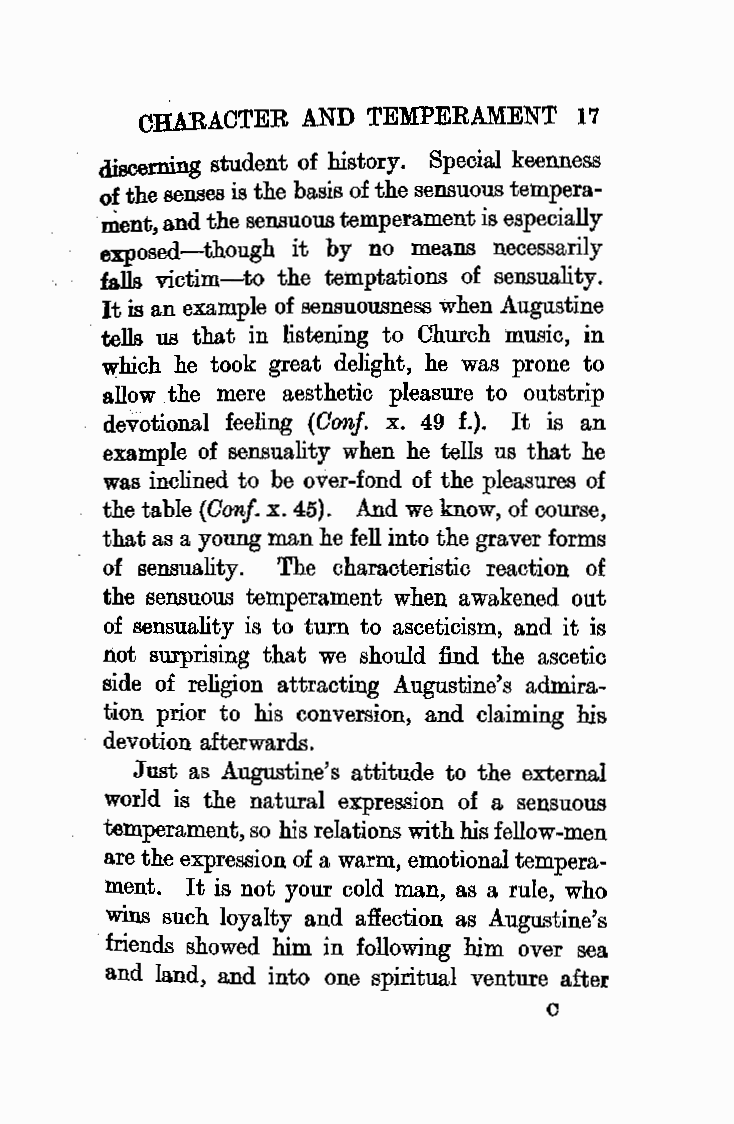
CHARACTER  AND TEMPERAMENT   17
 disooming student of history. Special keenness
 of the senses is the basis of the sensuous tempera
 ment, and the sensuous temperament is especially
 exposed-though it by no _means necessa~ily
 falls victim-to the temptations of sensuality.
 It is an example of sensuousness when Augustine
 tells us that in listening to Church music, in
 which he took great delight, he was prone to
 allow the mere aesthetic pleasure to outstrip
 devotional feeling (Oonf. x. 49 f.). It is an
 example of sensuality when he tells us that he
 was inclined to be over-fond of the pleasures of
 the table (Oonf. x. 45). And we know, of course,
 that as a young man he fell into the graver forms
 of sensuality. The characteristic reaction of
 the sensuous temperament when awakened out
 of sensuality is to turn to asceticism, and it is
 not surprising that we should find the ascetic
 side of religion attracting Augustine's admira
 tion prior to his conversion, and claiming his
 devotion afterwards.
 Just as Augustine's attitude to the external
 world is the natural expression of a sensuous
 temperament, so his relations with his fellow-men
 are the expression of a warm, emotional tempera
 ment. It is not your cold man, as a rule, who
 wins such loyalty and affection as Augustine's
 friends showed him in following him over sea
 and land, and into one spiritual venture after
 C